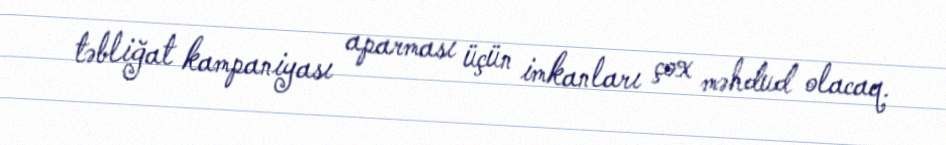
təbliğat kampaniyası aparması üçün imkanları çox məhdud olacaq.